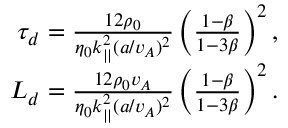
\begin{array} { r } { \tau _ { d } = \frac { 1 2 \rho _ { 0 } } { \eta _ { 0 } k _ { | | } ^ { 2 } ( a / v _ { A } ) ^ { 2 } } \left( \frac { 1 - \beta } { 1 - 3 \beta } \right) ^ { 2 } , } \\ { L _ { d } = \frac { 1 2 \rho _ { 0 } v _ { A } } { \eta _ { 0 } k _ { | | } ^ { 2 } ( a / v _ { A } ) ^ { 2 } } \left( \frac { 1 - \beta } { 1 - 3 \beta } \right) ^ { 2 } . } \end{array}